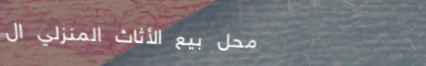
محل بيع الأثاث المنزلي ال